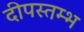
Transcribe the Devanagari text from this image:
दीपस्तम्भ